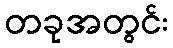
တခုအတွင်း